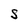
Character: S